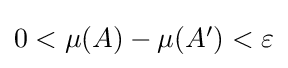
{\textstyle 0<\mu (A)-\mu (A^{\prime })<\varepsilon }